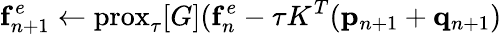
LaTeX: \mathbf{f}_{n+1}^{e}\leftarrow\textrm{prox}_{\tau}[G](\mathbf{f}_{n}^{e}-\tau K^{T}(\mathbf{p}_{n+1}+\mathbf{q}_{n+1})